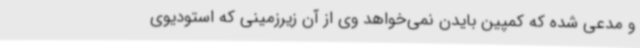
و مدعی شده که کمپین بایدن نمی‌خواهد وی از آن زیرزمینی که استودیوی